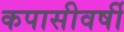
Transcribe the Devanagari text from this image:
कपासीवर्षी